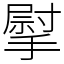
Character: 𢲴